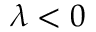
\lambda < 0